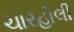
ચારહોલી